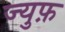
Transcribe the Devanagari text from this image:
ज्युफ़